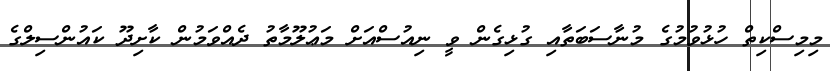
މިމިސްކިތް ހުޅުވުމުގެ މުނާސަބަތާއި ގުޅިގެން ވީ ނިއުސްއަށް މަޢުލޫމާތު ދެއްވަމުން ކާށިދޫ ކައުންސިލްގެ